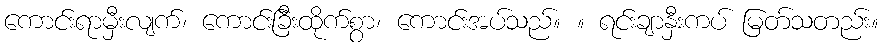
ကောင်းရာမှီးလျက်၊ ကောင်းခြီးထိုက်စွာ၊ ကောင်းအပ်သည်။ ။ ရင်းချာနှီးကပ် မြတ်သတည်း။